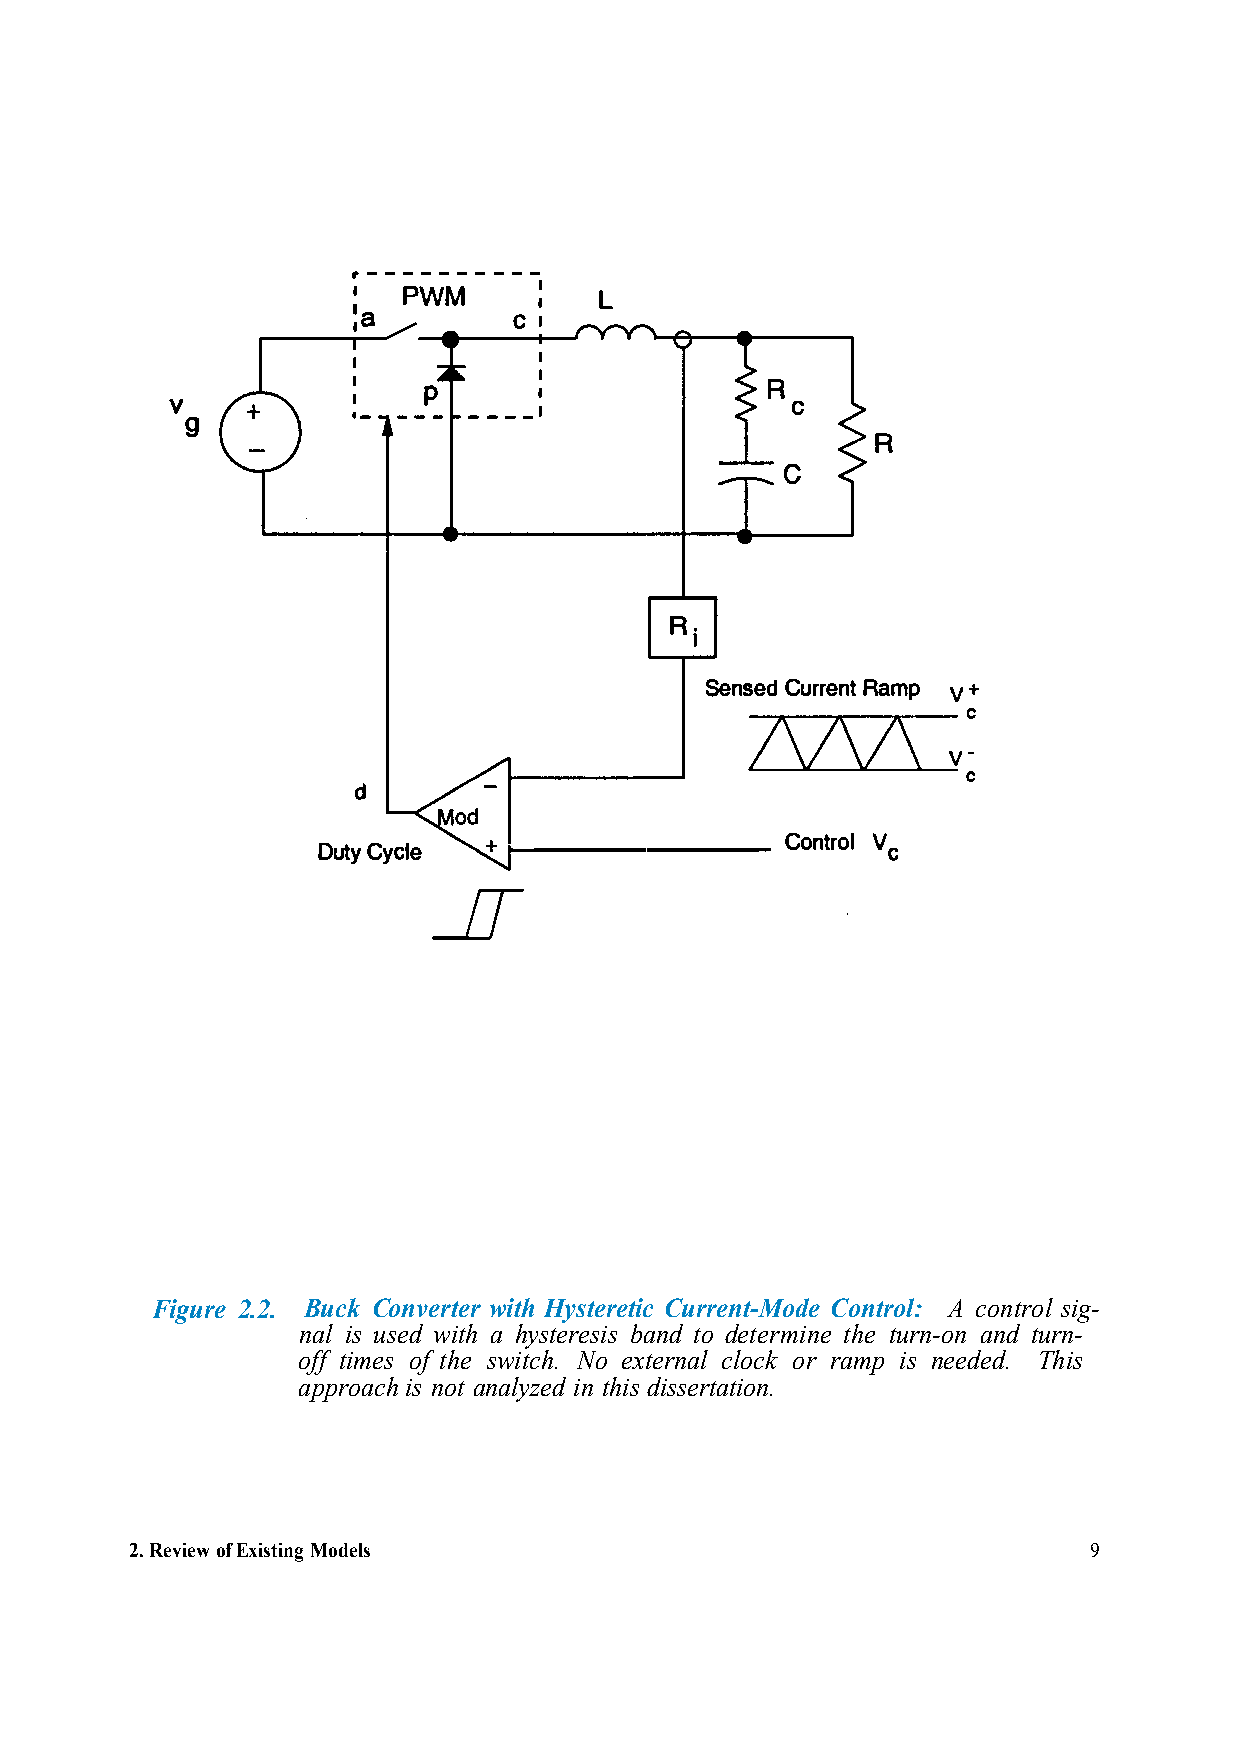
r----------
 I   PWM          L
 I
 'I a       C1
 --·
 v
 ·-p     --I
 g
 R
 R,
 I
 SensCeudr rReanmtp
 d
 DutCyycl e   .,..__________    ContVrc o l
 _ff
 Figure 2.2. Buck Converter with Hysteretic Current-Mode Control: A control sig-
 nal is used with a hysteresis band to determine the turn-on and turn-
 off times of the switch. No external clock or ramp is needed. This
 approach is not analyzed in this dissertation.
 2.Review of Existing Models                                    9